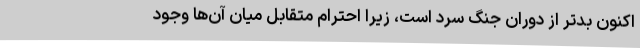
اکنون بدتر از دوران جنگ سرد است، زیرا احترام متقابل میان آن‌ها وجود